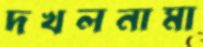
দখলনামা